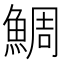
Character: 鯛